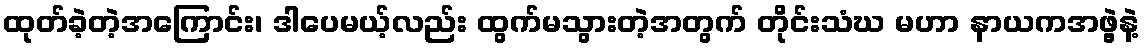
ထုတ်ခဲ့တဲ့အကြောင်း၊ ဒါပေမယ့်လည်း ထွက်မသွားတဲ့အတွက် တိုင်းသံဃ မဟာ နာယကအဖွဲ့နဲ့